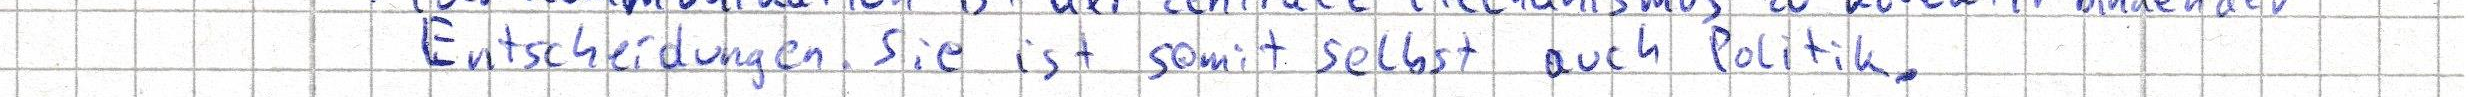
Entscheidungen. Sie ist somit selbst auch Politik.